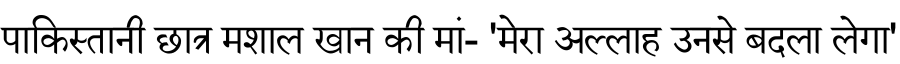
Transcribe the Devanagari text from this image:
पाकिस्तानी छात्र मशाल खान की मां- 'मेरा अल्लाह उनसे बदला लेगा'